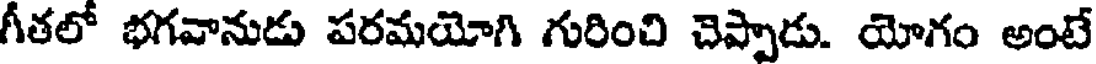
గీతలో భగవానుడు పరమయోగి గురించి చెప్పాడు. యోగం అంటే